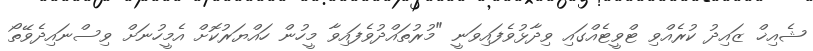
ޝެއިޚް ޒައިދު ކުރެއްވި ޓްވީޓެއްގައި ވިދާޅުވެފައިވަނީ "މުރުތައްދުވެފައިވާ މީހުން ހައްޔަރުކޮށް އެމީހުނަށް ވިސްނައިދެވޭތޯ